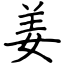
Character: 姜